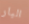
البار